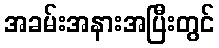
အခမ်းအနားအပြီးတွင်